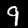
Label: 9